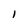
Character: 1